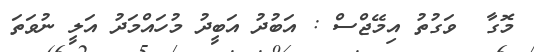
މޮގާ  ވަގުތު އިމޭޖްސް : އަބުދު އަބީދު މުހައްމަދު އަލީ ނުވަތަ